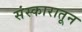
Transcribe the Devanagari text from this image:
संस्कारातून